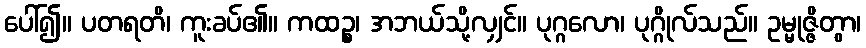
ပေါ်၍။ ပတရတိ၊ ကူးခပ်၏။ ကထဉ္စ၊ အဘယ်သို့လျှင်။ ပုဂ္ဂလော၊ ပုဂ္ဂိုလ်သည်။ ဥမ္မုဇ္ဇိတွာ၊